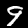
Digit: 9